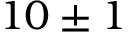
1 0 \pm 1